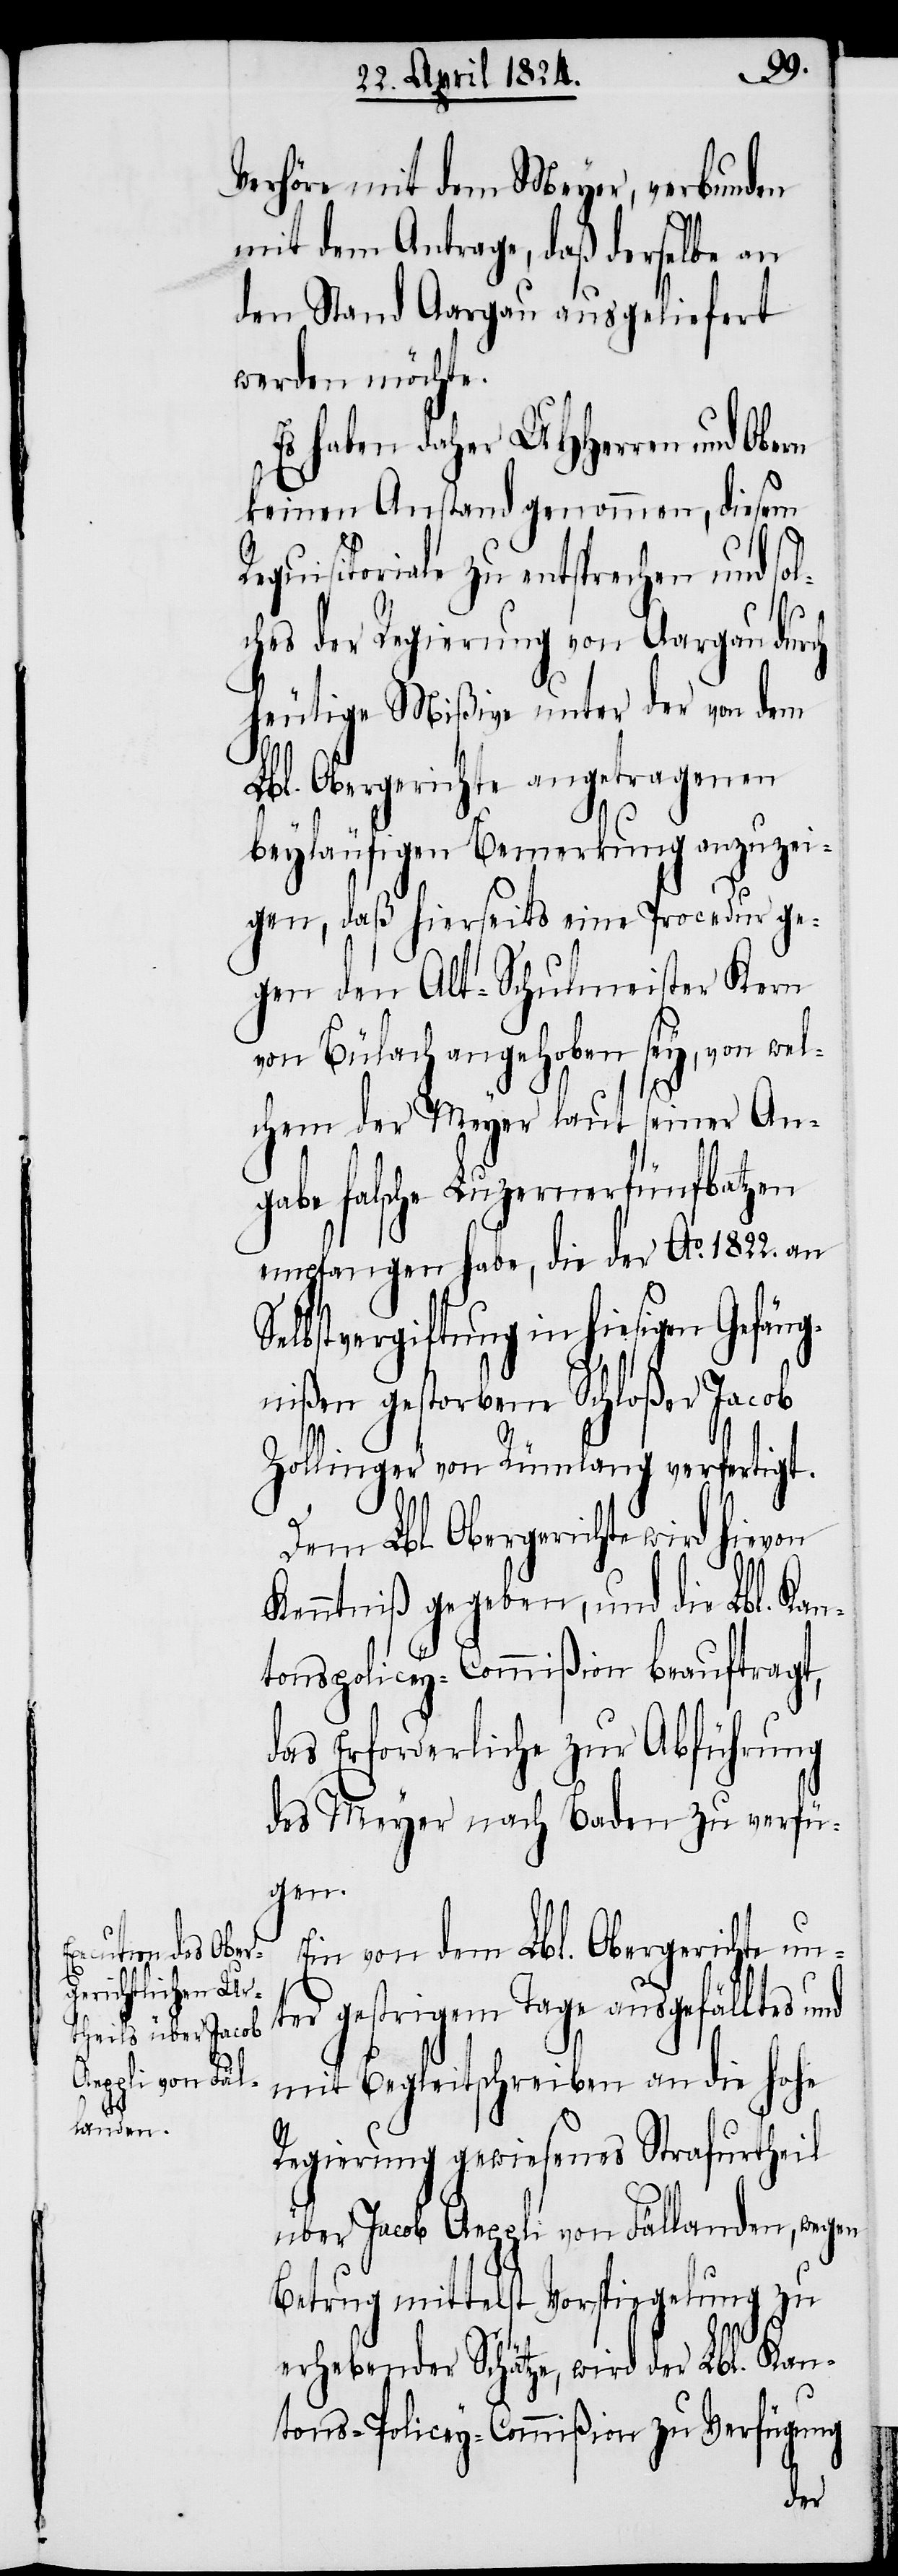
rn

Verhöre mit dem Meyer, verbunden
mit dem Antrage, daß derselbe an
den Stand Aargau ausgeliefert
werden möchte.
Es haben daher UHHerren und Obe¬
keinen Anstand genommen, diesem
Requisitoriale zu entsprechen und sol¬
ches der Regierung von Aargau durch
heutige Mißive unter der von dem
Lbl. Obergerichte angetragenen
beyläufigen Bemerkungen anzuzei¬
gen, daß hierseits eine Procedur ge¬
gen den Alt-Schulmeister Kern
von Bülach angehoben sey, von wel¬
chem der Meyer laut seiner An¬
gabe falsche Luzernerfünfbatzen
empfangen habe, die der Ao. 1822. an
Selbstvergiftung in hiesigen Gefän¬
gnißen gestorbene Schloßer Jacob
Zollinger von Rümlang verfertigt.
Dem Lbl. Obergerichte wird hievon
Kenntniß gegeben, und die Lbl. Kan¬
tonspolicey-Commißion beauftragt,
das Erforderliche zur Abführung
des Meyer nach Baden zu verfü¬
gen.
Ein von dem Lbl. Obergerichte unt¬
er gestrigem Tage ausgefälltes
mit Begleitschreiben an die hohe
Regierung gewiesenes Strafurtheil
über Jacob Aeppli von Fällanden, wegen
Betrug mittelst Vorspiegelung zu
erhebender Schätze, wird der Lbl. Kan¬
tons-Policey-Commißion zu Verfügung